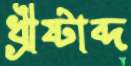
খ্রীষ্টাব্দ